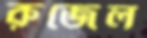
রুজেল